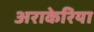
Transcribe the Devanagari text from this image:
अराकेरिया